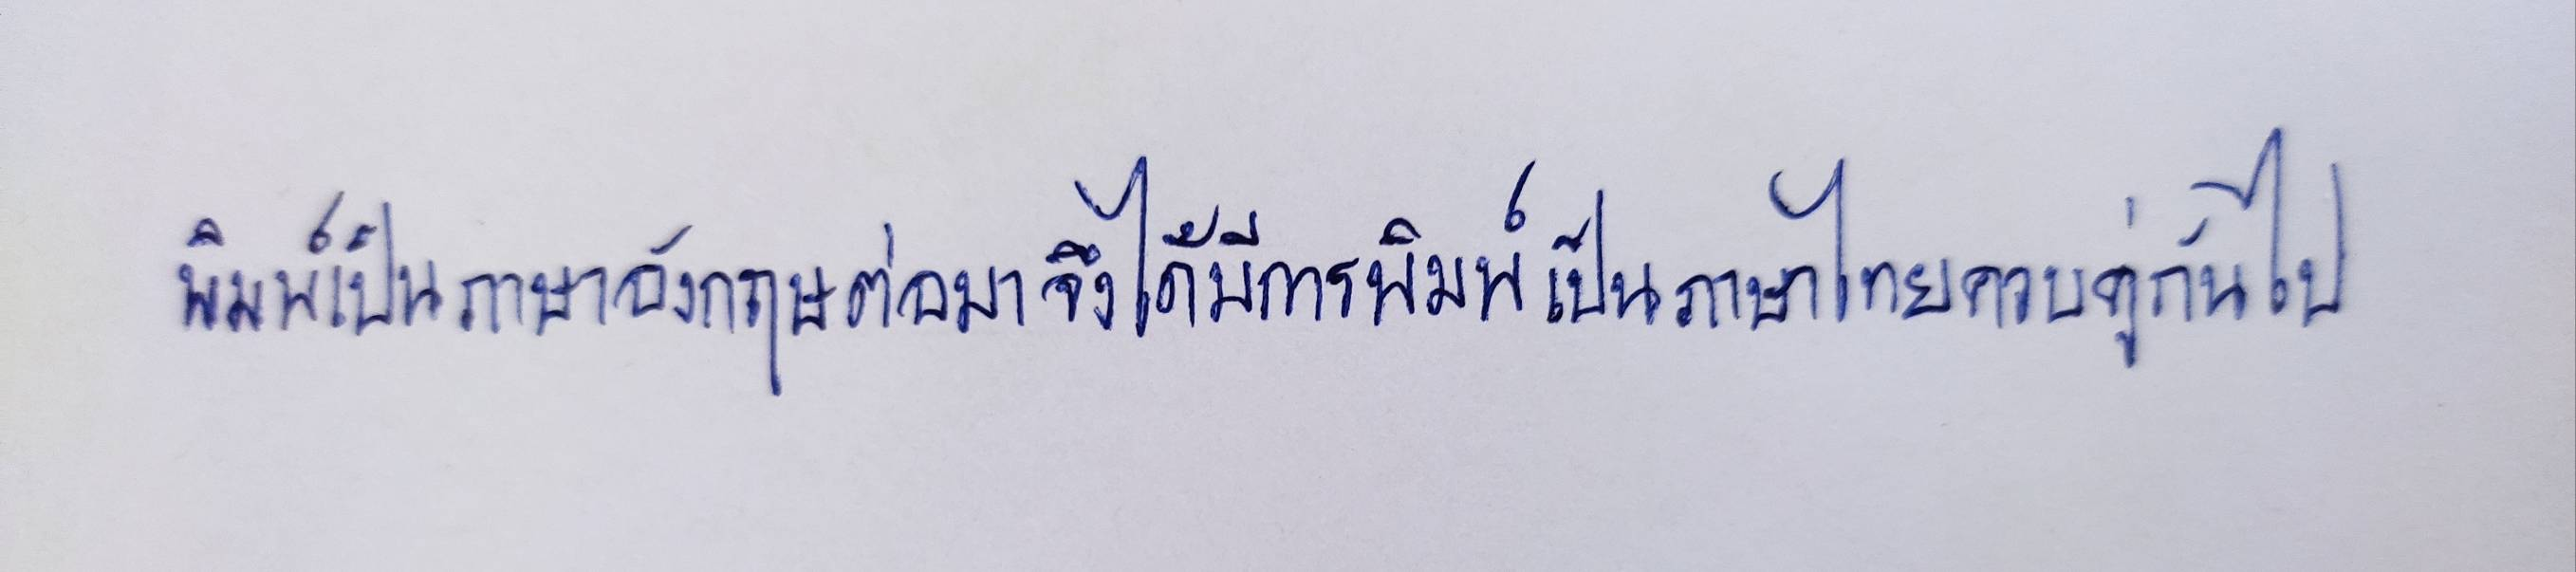
พิมพ์เป็นภาษาอังกฤษต่อมาจึงได้มีการพิมพ์เป็นภาษาไทยควบคู่กันไป